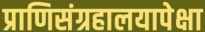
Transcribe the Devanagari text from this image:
प्राणिसंग्रहालयापेक्षा